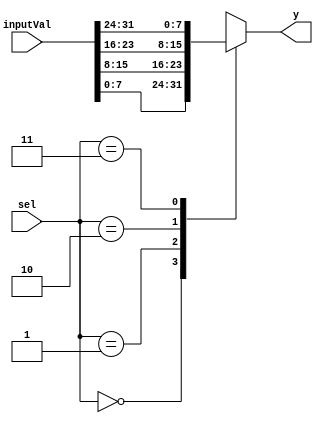
`timescale 1ns / 1ps
//////////////////////////////////////////////////////////////////////////////////
// Company: University of Kentucky
// 
// Design Name: 
// Module Name:    mux4x1
// Project Name: 
// Target Devices: 
// Tool versions: 
// Description: 
//
// Dependencies: 
//
// Revision: 
// Revision 0.01 - File Created
// Additional Comments: 
//
//////////////////////////////////////////////////////////////////////////////////
module mux4x1 #(
	parameter size = 8)(
    input [1:0] sel,
    input [size*4-1:0] inputVal,
    output reg [size-1:0] y
    );

	always @(sel, inputVal) begin
		case(sel)
			2'b00: y = inputVal[size-1:0];
			2'b01: y = inputVal[(size*2)-1:size];
			2'b10: y = inputVal[(size*3)-1:(size*2)];
			2'b11: y = inputVal[(size*4)-1:(size*3)];
		endcase                        
	end
endmodule